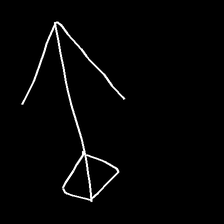
Glyph: focus